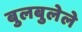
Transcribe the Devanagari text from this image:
बुलबुलेले